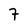
Character: 7